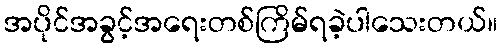
အပိုင်အခွင့်အရေးတစ်ကြိမ်ရခဲ့ပါသေးတယ်။